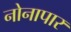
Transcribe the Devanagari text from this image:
नोनापार